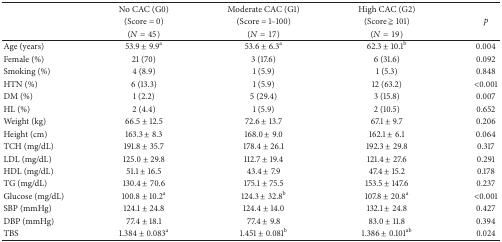
| <ROWSPAN=3>  | No CAC (G0) | Moderate CAC (G1) | High CAC (G2) | <ROWSPAN=3> p |
 | (Score = 0) | (Score = 1–100) | (Score ≧ 101) |
 | (N = 45) | (N = 17) | (N = 19) |
 | --- | --- | --- | --- | --- |
 | Age (years) | 53.9 ± 9.9a | 53.6 ± 6.3a | 62.3 ± 10.1b | 0.004 |
 | Female (%) | 21 (70) | 3 (17.6) | 6 (31.6) | 0.092 |
 | Smoking (%) | 4 (8.9) | 1 (5.9) | 1 (5.3) | 0.848 |
 | HTN (%) | 6 (13.3) | 1 (5.9) | 12 (63.2) | <0.001 |
 | DM (%) | 1 (2.2) | 5 (29.4) | 3 (15.8) | 0.007 |
 | HL (%) | 2 (4.4) | 1 (5.9) | 2 (10.5) | 0.652 |
 | Weight (kg) | 66.5 ± 12.5 | 72.6 ± 13.7 | 67.1 ± 9.7 | 0.206 |
 | Height (cm) | 163.3 ± 8.3 | 168.0 ± 9.0 | 162.1 ± 6.1 | 0.064 |
 | TCH (mg/dL) | 191.8 ± 35.7 | 178.4 ± 26.1 | 192.3 ± 29.8 | 0.317 |
 | LDL (mg/dL) | 125.0 ± 29.8 | 112.7 ± 19.4 | 121.4 ± 27.6 | 0.291 |
 | HDL (mg/dL) | 51.1 ± 16.5 | 43.4 ± 7.9 | 47.4 ± 15.2 | 0.178 |
 | TG (mg/dL) | 130.4 ± 70.6 | 175.1 ± 75.5 | 153.5 ± 147.6 | 0.237 |
 | Glucose (mg/dL) | 100.8 ± 10.2a | 124.3 ± 32.8b | 107.8 ± 20.8a | <0.001 |
 | SBP (mmHg) | 124.1 ± 24.8 | 124.4 ± 14.0 | 132.1 ± 24.8 | 0.427 |
 | DBP (mmHg) | 77.4 ± 18.1 | 77.4 ± 9.8 | 83.0 ± 11.8 | 0.394 |
 | TBS | 1.384 ± 0.083a | 1.451 ± 0.081b | 1.386 ± 0.101ab | 0.024 |